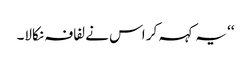
‘‘ یہ کہہ کر اس نے لفافہ نکالا۔